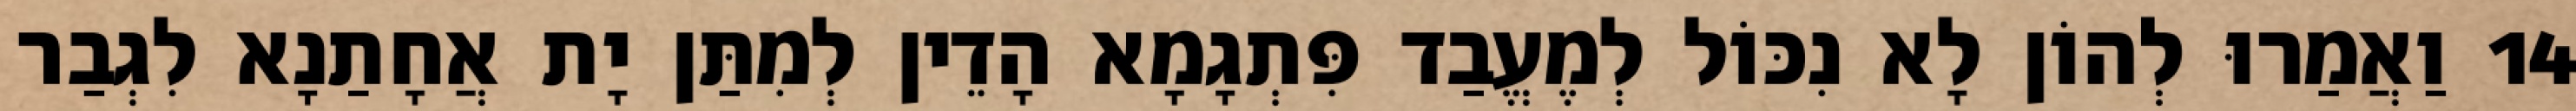
14 וַאֲמַרוּ לְהוֹן לָא נִכּוֹל לְמֶעֱבַד פִּתְגָמָא הָדֵין לְמִתַּן יָת אֲחָתַנָא לִגְבַר